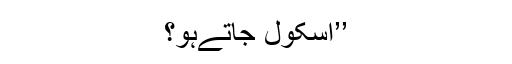
’’اسکول جاتےہو؟